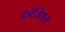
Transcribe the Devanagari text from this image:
मेसेंजियल